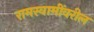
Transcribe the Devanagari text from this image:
रामस्वामींवरील